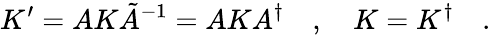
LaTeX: K^{\prime}=AK\tilde{A}^{-1}=AKA^{\dagger}\quad,\quad K=K^{\dagger}\quad.